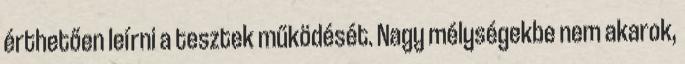
érthetően leírni a tesztek működését. Nagy mélységekbe nem akarok,